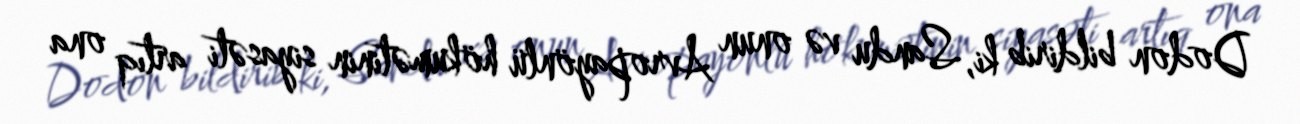
Dodon bildirib ki, Sandu və onun Avropayönlü hökumətinin siyasəti artıq ona